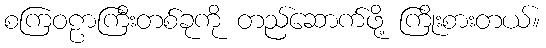
စကြဝဠာကြီးတစ်ခုကို တည်ဆောက်ဖို့ ကြိုးစားတယ်။